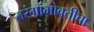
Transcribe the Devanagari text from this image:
तरंगांभोवतीचा